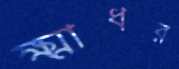
ক্ষ্মাধর